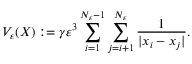
V _ { \varepsilon } ( X ) : = \gamma \varepsilon ^ { 3 } \sum _ { i = 1 } ^ { N _ { \varepsilon } - 1 } \sum _ { j = i + 1 } ^ { N _ { \varepsilon } } { \frac { 1 } { | x _ { i } - x _ { j } | } } .